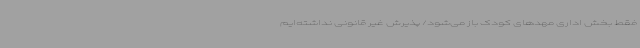
فقط بخش اداری مهدهای کودک باز می‌شود/ پذیرش غیر قانونی نداشته‌ایم